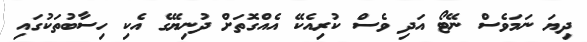
ދިޔަ ނަމަވެސް ނޭޓޯ އަދި ވެސް ކުރިއެކޭ އެއްގޮތަށް ދުނިޔޭގެ އެކި ހިސާބުތަކުގައި